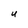
Character: U